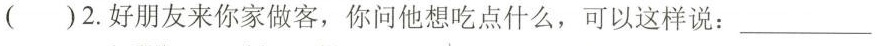
( )2.好朋友来你家做客,你问他想吃点什么,可以这样说:___